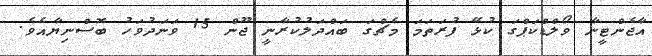
އާޖެންޓީނާ ވޯލްޑްކަޕްގަ ކުޅޭ ފުރަތަމަ މެޗްގަ ބައްދަލުކުރާނީ ޖޫން 15 ވަނަދުވަހު ބޮސްނިޔާއެވެ.